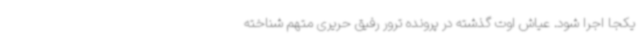
یکجا اجرا شود. عیاش اوت گذشته در پرونده ترور رفیق حریری متهم شناخته